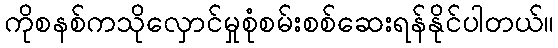
ကိုစနစ်ကသိုလှောင်မှုစုံစမ်းစစ်ဆေးရန်နိုင်ပါတယ်။